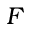
F